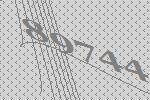
89744